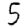
Digit: 5